Preliminary report of a malaria survey of Calcutta and environs
Disease focus: Malaria
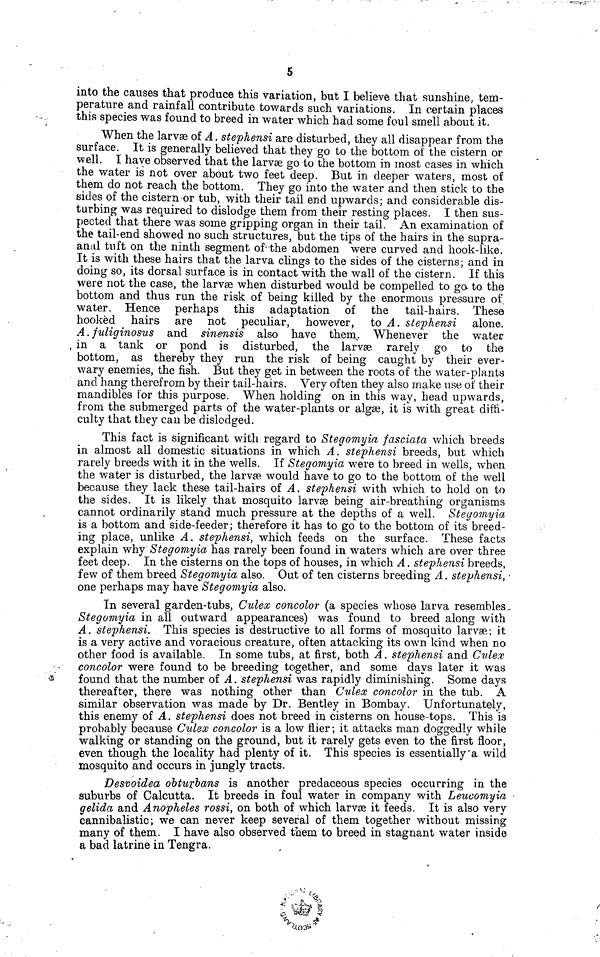
5
into the causes that produce this variation, but I believe that sunshine, tem-
perature and rainfall contribute towards such variations. In certain places
this species was found to breed in water which had some foul smell about it.
When the larvae of A. stephensi are disturbed, they all disappear from the
surface. It is generally believed that they go to the bottom of the cistern or
well. I have observed that the larvae go to the bottom in most cases in which
the water is not over about two feet deep. But in deeper waters, most of
them do not reach the bottom. They go into the water and then stick to the
sides of the cistern or tub, with their tail end upwards; and considerable dis-
turbing was required to dislodge them from their resting places. I then sus-
pected that there was some gripping organ in their tail. An examination of
the tail-end showed no such structures, but the tips of the hairs in the supra-
anal tuft on the ninth segment of the abdomen were curved and hook-like.
It is with these hairs that the larva clings to the sides of the cisterns; and in
doing so, its dorsal surface is in contact with the wall of the cistern. If this
were not the case, the larvae when disturbed would be compelled to go to the
bottom and thus run the risk of being killed by the enormous pressure of
water. Hence perhaps this adaptation of the tail-hairs. These
hooked hairs are not peculiar, however, to A. stephensi alone.
A. fuliginosus and sinensis also have them. Whenever the water
in a tank or pond is disturbed, the larvae rarely go to the
bottom, as thereby they run the risk of being caught by their ever-
wary enemies, the fish. But they get in between the roots of the water-plants
and hang therefrom by their tail-hairs. Very often they also make use of their
mandibles for this purpose. When holding on in this way, head upwards,
from the submerged parts of the water-plants or algae, it is with great diffi-
culty that they can be dislodged.
This fact is significant with regard to Stegomyia fasciata which breeds
in almost all domestic situations in which A. stephensi breeds, but which
rarely breeds with it in the wells. If Stegomyia were to breed in wells, when
the water is disturbed, the larvae would have to go to the bottom of the well
because they lack these tail-hairs of A. stephensi with which to hold on to
the sides. It is likely that mosquito larvae being air-breathing organisms
cannot ordinarily stand much pressure at the depths of a well. Stegomyia
is a bottom and side-feeder; therefore it has to go to the bottom of its breed-
ing place, unlike A. stephensi, which feeds on the surface. These facts
explain why Stegomyia has rarely been found in waters which are over three
feet deep. In the cisterns on the tops of houses, in which A. stephensi breeds,
few of them breed Stegomyia also. Out of ten cisterns breeding A. stephensi,
one perhaps may have Stegomyia also.
In several garden-tubs, Culex concolor (a species whose larva resembles
Stegomyia in all outward appearances) was found to breed along with
A. stephensi. This species is destructive to all forms of mosquito larvae; it
is a very active and voracious creature, often attacking its own kind when no
other food is available. In some tubs, at first, both A. stephensi and Culex
concolor were found to be breeding together, and some days later it was
found that the number of A. stephensi was rapidly diminishing. Some days
thereafter, there was nothing other than Culex concolor in the tub. A
similar observation was made by Dr. Bentley in Bombay. Unfortunately,
this enemy of A. stephensi does not breed in cisterns on house-tops. This is
probably because Culex concolor is a low flier; it attacks man doggedly while
walking or standing on the ground, but it rarely gets even to the first floor,
even though the locality had plenty of it. This species is essentially'a wild
mosquito and occurs in jungly tracts.
Desvoidea obturbans is another predaceous species occurring in the
suburbs of Calcutta. It breeds in foul water in company with Leucomyia
gelida and Anopheles rossi, on both of which larvae it feeds. It is also very
cannibalistic; we can never keep several of them together without missing
many of them. I have also observed them to breed in stagnant water inside
a bad latrine in Tengra.